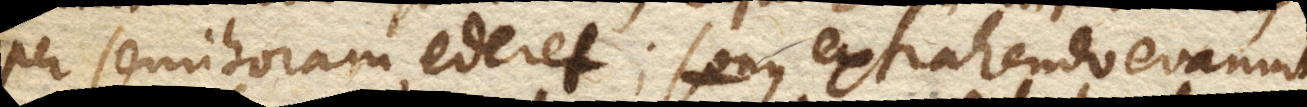
per semihoram ederet; sonus extrahendo evanuit